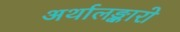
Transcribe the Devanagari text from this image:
अर्थालङ्कारो